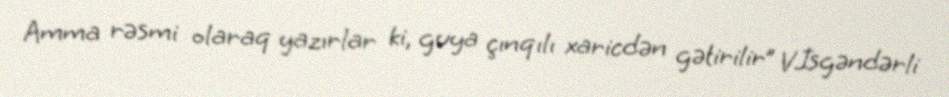
Amma rəsmi olaraq yazırlar ki, guya çınqılı xaricdən gətirilir” V.İsgəndərli